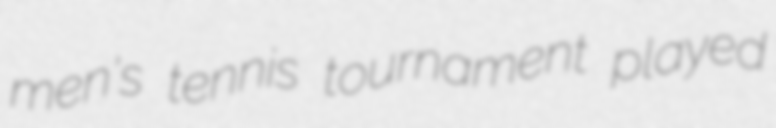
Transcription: men's tennis tournament played